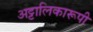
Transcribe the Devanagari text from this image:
अट्टालिकारूपी